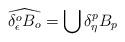
LaTeX: \begin{align*}\widehat{\delta^o_\epsilon B_o} = \bigcup \delta^p_\eta B_p\end{align*}